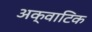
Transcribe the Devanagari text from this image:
अक्वाटिक